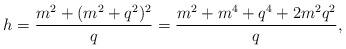
LaTeX: \begin{align*} h=\frac{m^2+(m^2+q^2)^2}{q}=\frac{m^2+m^4+q^4+2m^2q^2}{q},\end{align*}